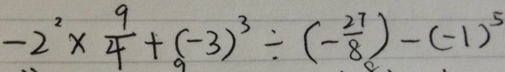
- 2 ^ { 2 } \times \frac { 9 } { 4 } + ( - 3 ) ^ { 3 } \div ( - \frac { 2 7 } { 8 } ) - ( - 1 ) ^ { 5 }